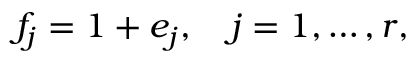
f _ { j } = 1 + e _ { j } , \quad j = 1 , \ldots , r ,